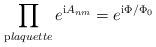
LaTeX: \begin{align*}\prod_{\mathrm plaquette}e^{{\mathrm i}A_{nm}}=e^{{\mathrm i}\Phi/\Phi_0}\end{align*}